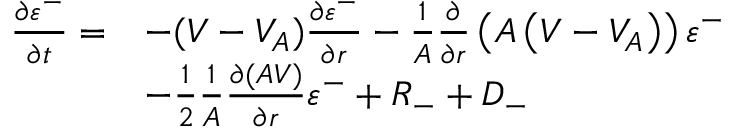
\begin{array} { r l } { \frac { \partial \varepsilon ^ { - } } { \partial t } = } & { - ( V - V _ { A } ) \frac { \partial \varepsilon ^ { - } } { \partial r } - \frac { 1 } { A } \frac { \partial } { \partial r } \left( A \left( V - V _ { A } \right) \right) \varepsilon ^ { - } } \\ & { - \frac { 1 } { 2 } \frac { 1 } { A } \frac { \partial ( A V ) } { \partial r } \varepsilon ^ { - } + R _ { - } + D _ { - } } \end{array}